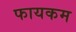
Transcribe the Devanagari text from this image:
फायकम